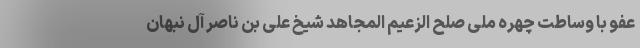
عفو با وساطت چهره ملی صلح الزعیم المجاهد شیخ علی بن ناصر آل نبهان